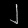
Digit: ၂